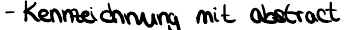
- Kennzeichnung mit abstract